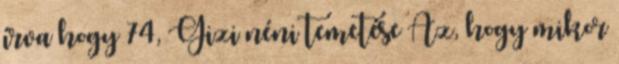
írva hogy 74, Gizi néni temetése Az, hogy mikor